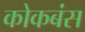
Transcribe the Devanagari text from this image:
कोकबंस